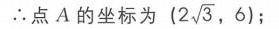
\(\therefore\)点 \(A\) 的坐标为 \((2\sqrt{3},6)\);